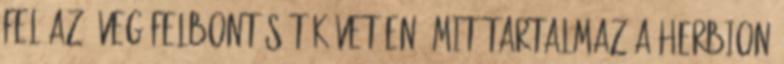
fel az üveg felbontását követően. Mit tartalmaz a Herbion